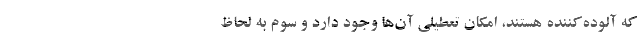
که آلوده‌کننده هستند، امکان تعطیلی آن‌ها وجود دارد و سوم به لحاظ